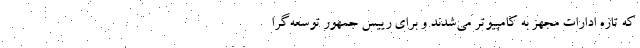
که تازه ادارات مجهز به کامپیوتر می‌شدند و برای رییس جمهور توسعه‌گرا